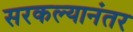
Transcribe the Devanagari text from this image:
सरकल्यानंतर